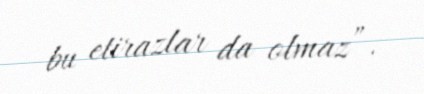
bu etirazlar da olmaz”.